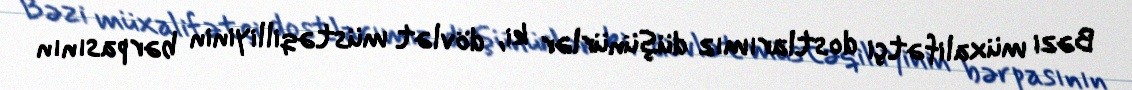
Bəzi müxalifətçi dostlarımız düşünürlər ki, dövlət müstəqilliyinin bərpasının